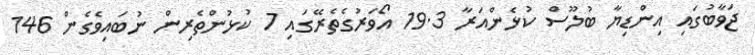
ޖަވާބުގައި އިންޑިޔާ ބުލޫސް ކުޅެންއަރާ 19.3 އޯވަރުގެތެރޭގައި 7 ކުޅުންތެރިން ނުބައިވެގެން 146